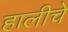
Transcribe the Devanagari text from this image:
हालीचे